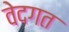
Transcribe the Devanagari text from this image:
वेदगत